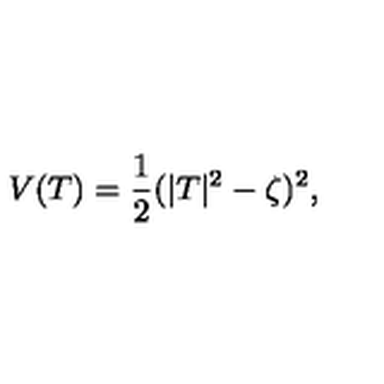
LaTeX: V ( T ) = \frac 1 2 ( | T | ^ { 2 } - \zeta ) ^ { 2 } ,